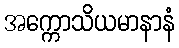
အက္ကောသိယမာနာနံ